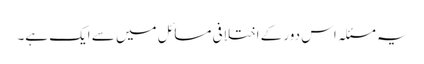
یہ مسئلہ اس دور کے اختلافی مسائل میں سے ایک ہے۔